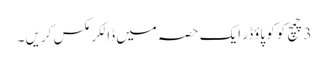
3 چمچ کوکو پاؤڈر ایک حصہ میں ڈالکر مکس کریں ۔